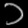
Digit: ၁